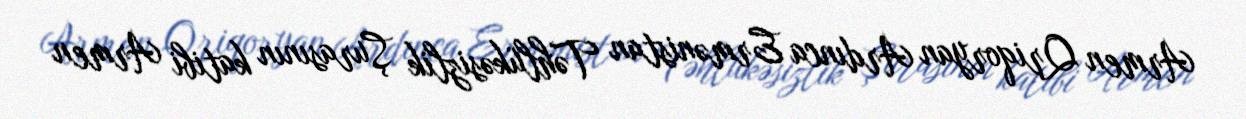
Armen Qriqoryan Ardınca Ermənistan Təhlükəsizlik Şurasının katibi Armen